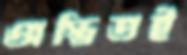
অস্তিতই